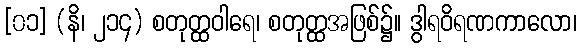
[၀၁] (နိ၊ ၂၁၄) စတုတ္ထဝါရေ၊ စတုတ္ထအဖြစ်၌။ ဒွါရဝိရဏကာလော၊